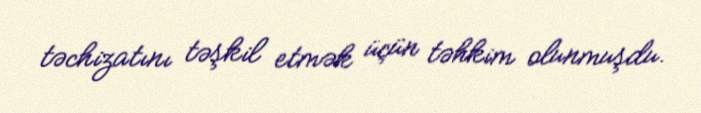
təchizatını təşkil etmək üçün təhkim olunmuşdu.